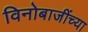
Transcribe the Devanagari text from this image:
विनोबाजींच्या